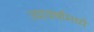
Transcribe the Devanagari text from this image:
त्यावर्षामध्ये